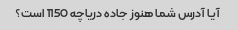
آیا آدرس شما هنوز جاده دریاچه 1150 است؟